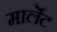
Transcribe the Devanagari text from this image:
मार्लेट